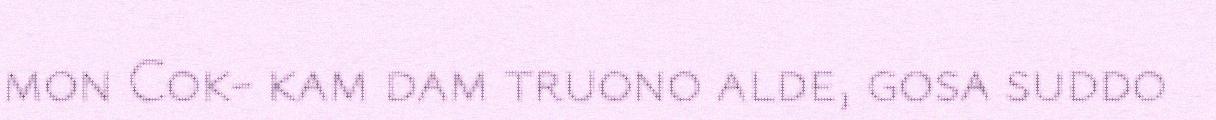
mon Cok- kam dam truono alde, gosa suddo